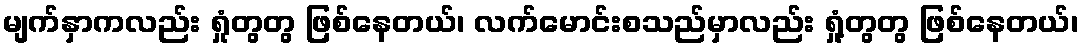
မျက်နှာကလည်း ရှုံတွတွ ဖြစ်နေတယ်၊ လက်မောင်းစသည်မှာလည်း ရှုံ့တွတွ ဖြစ်နေတယ်၊